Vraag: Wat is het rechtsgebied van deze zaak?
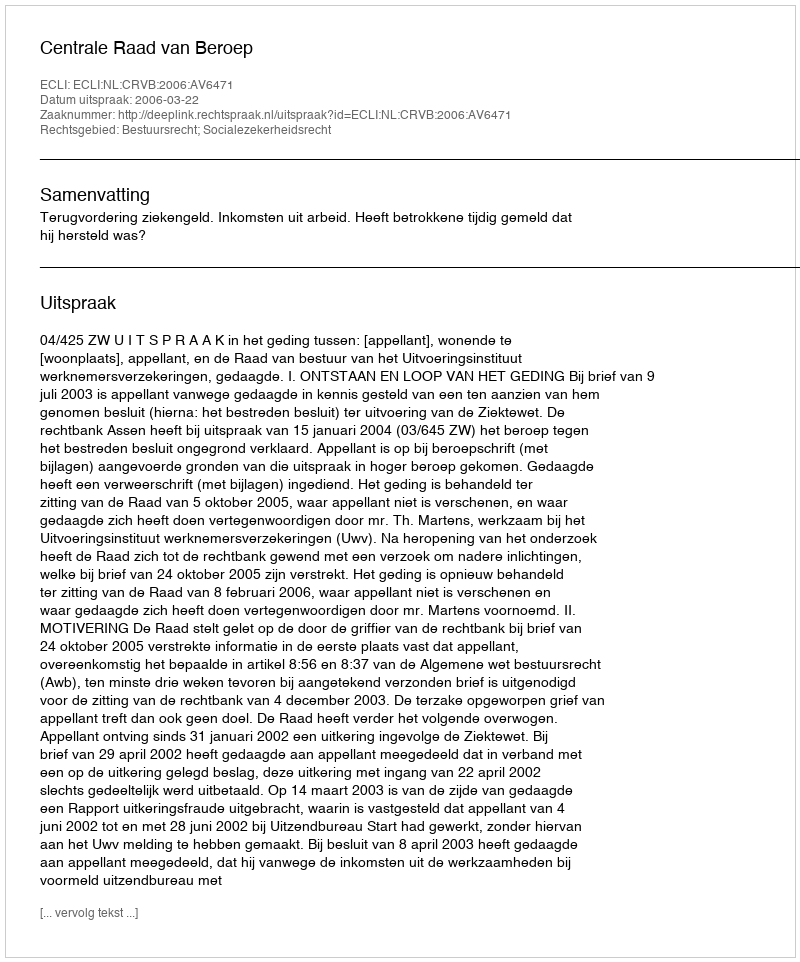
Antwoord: Bestuursrecht; Socialezekerheidsrecht